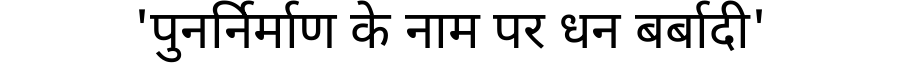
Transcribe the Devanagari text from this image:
'पुनर्निर्माण के नाम पर धन बर्बादी'